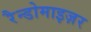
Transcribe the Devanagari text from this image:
रैन्डोमाइज़र